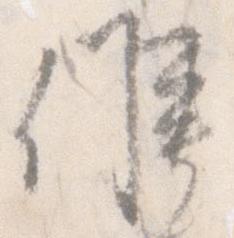
候